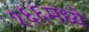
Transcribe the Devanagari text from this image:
१६६मध्ये